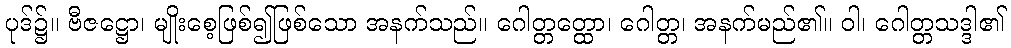
ပုဒ်၌။ ဗီဇဋ္ဌော၊ မျိုးစေ့ဖြစ်၍ဖြစ်သော အနက်သည်။ ဂေါတ္တတ္ထော၊ ဂေါတ္တ၊ အနက်မည်၏။ ဝါ၊ ဂေါတ္တသဒ္ဒါ၏